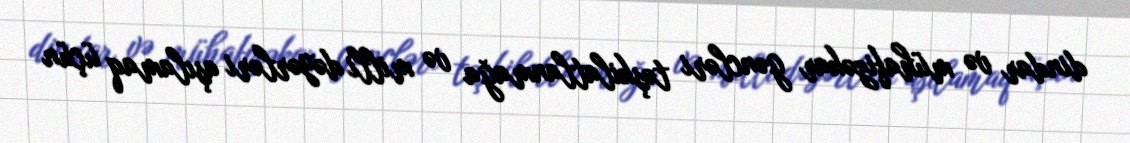
dindar və mühafizəkar gəncləri təşkilatlanmağa və milli dəyərləri aşılamaq üçün